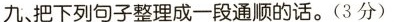
九、把下列句子整理成一段通顺的话。(3分)